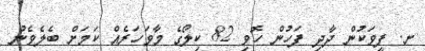
ށ. ފީވަކުން ދާދި ފަހުން ހޮވި 82 ކިލޯގެ މާވަހަރެއް ކަމަށް ބެލެވެނު